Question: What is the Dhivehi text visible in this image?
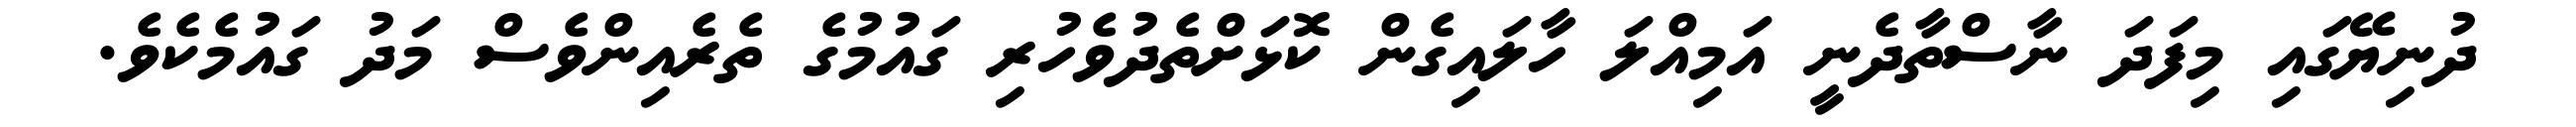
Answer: ދުނިޔޭގައި މިފަދަ ނާސްތާދެނީ އަމިއްލަ ހާލައިގެން ކޮޅަށްތެދުވެހުރި ގައުމުގެ ތެރެއިންވެސް މަދު ގައުމެކެވެ.